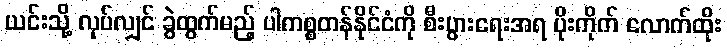
ယင်းသို့ လုပ်လျှင် ခွဲထွက်မည့် ပါကစ္စတန်နိုင်ငံကို စီးပွားရေးအရ ပိုးကိုက် လောက်ထိုး